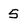
Character: 5